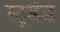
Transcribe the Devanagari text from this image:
स्टूडेंड